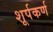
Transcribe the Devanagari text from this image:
शूर्पकर्ण